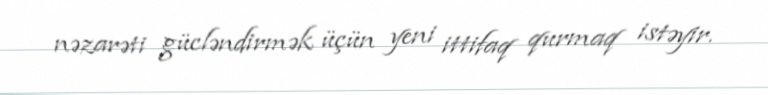
nəzarəti gücləndirmək üçün yeni ittifaq qurmaq istəyir.